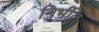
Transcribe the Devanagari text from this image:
निर्भीत